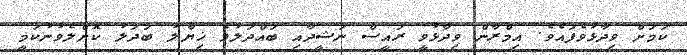
ކަމަށް ވިދާޅުވެފައެވެ. އިމްރާން ވިދާޅުވީ ރައީސް ނަޝީދާއި ބައްދަލުވެ ޚިޔާލު ބަދަލު ކޮށްލެވުނުކަމީ